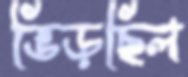
ভিড়ছিল